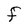
Character: F